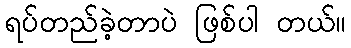
ရပ်တည်ခဲ့တာပဲ ဖြစ်ပါ တယ်။